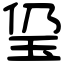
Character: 㺱